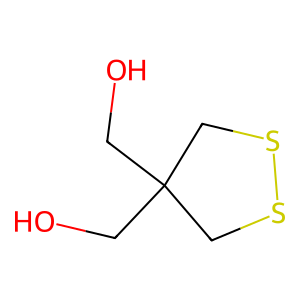
SMILES: OCC1(CO)CSSC1
Inhibits HIV replication: Yes